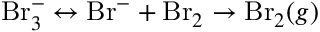
\mathrm { B r } _ { 3 } ^ { - } \leftrightarrow \mathrm { B r } ^ { - } + \mathrm { B r } _ { 2 } \rightarrow \mathrm { B r } _ { 2 } ( g )